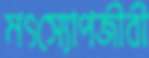
মৎস্যোপজীবী